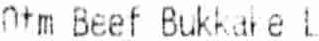
OTM BEEF BUKKAKE L